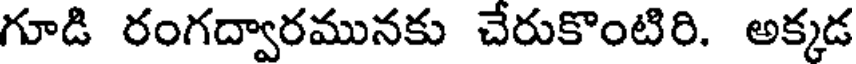
గూడి రంగద్వారమునకు చేరుకొంటిరి. అక్కడ